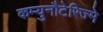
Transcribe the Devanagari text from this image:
कम्युनौटेरिज्मे